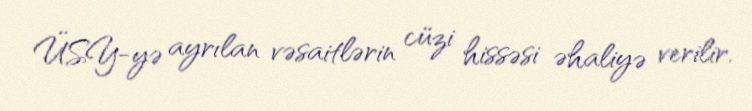
ÜSY-yə ayrılan vəsaitlərin cüzi hissəsi əhaliyə verilir.